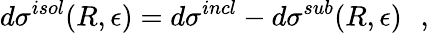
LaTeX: d\sigma^{isol}(R,\epsilon)=d\sigma^{incl}-d\sigma^{sub}(R,\epsilon)\: \: \: ,